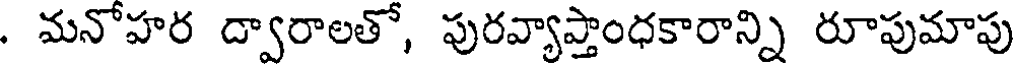
. మనోహర ద్వారాలతో, పురవ్యాప్తాంధకారాన్ని రూపుమాపు